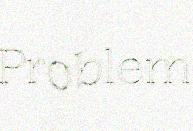
Problem